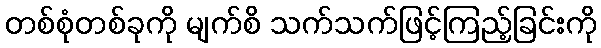
တစ်စုံတစ်ခုကို မျက်စိ သက်သက်ဖြင့်ကြည့်ခြင်းကို